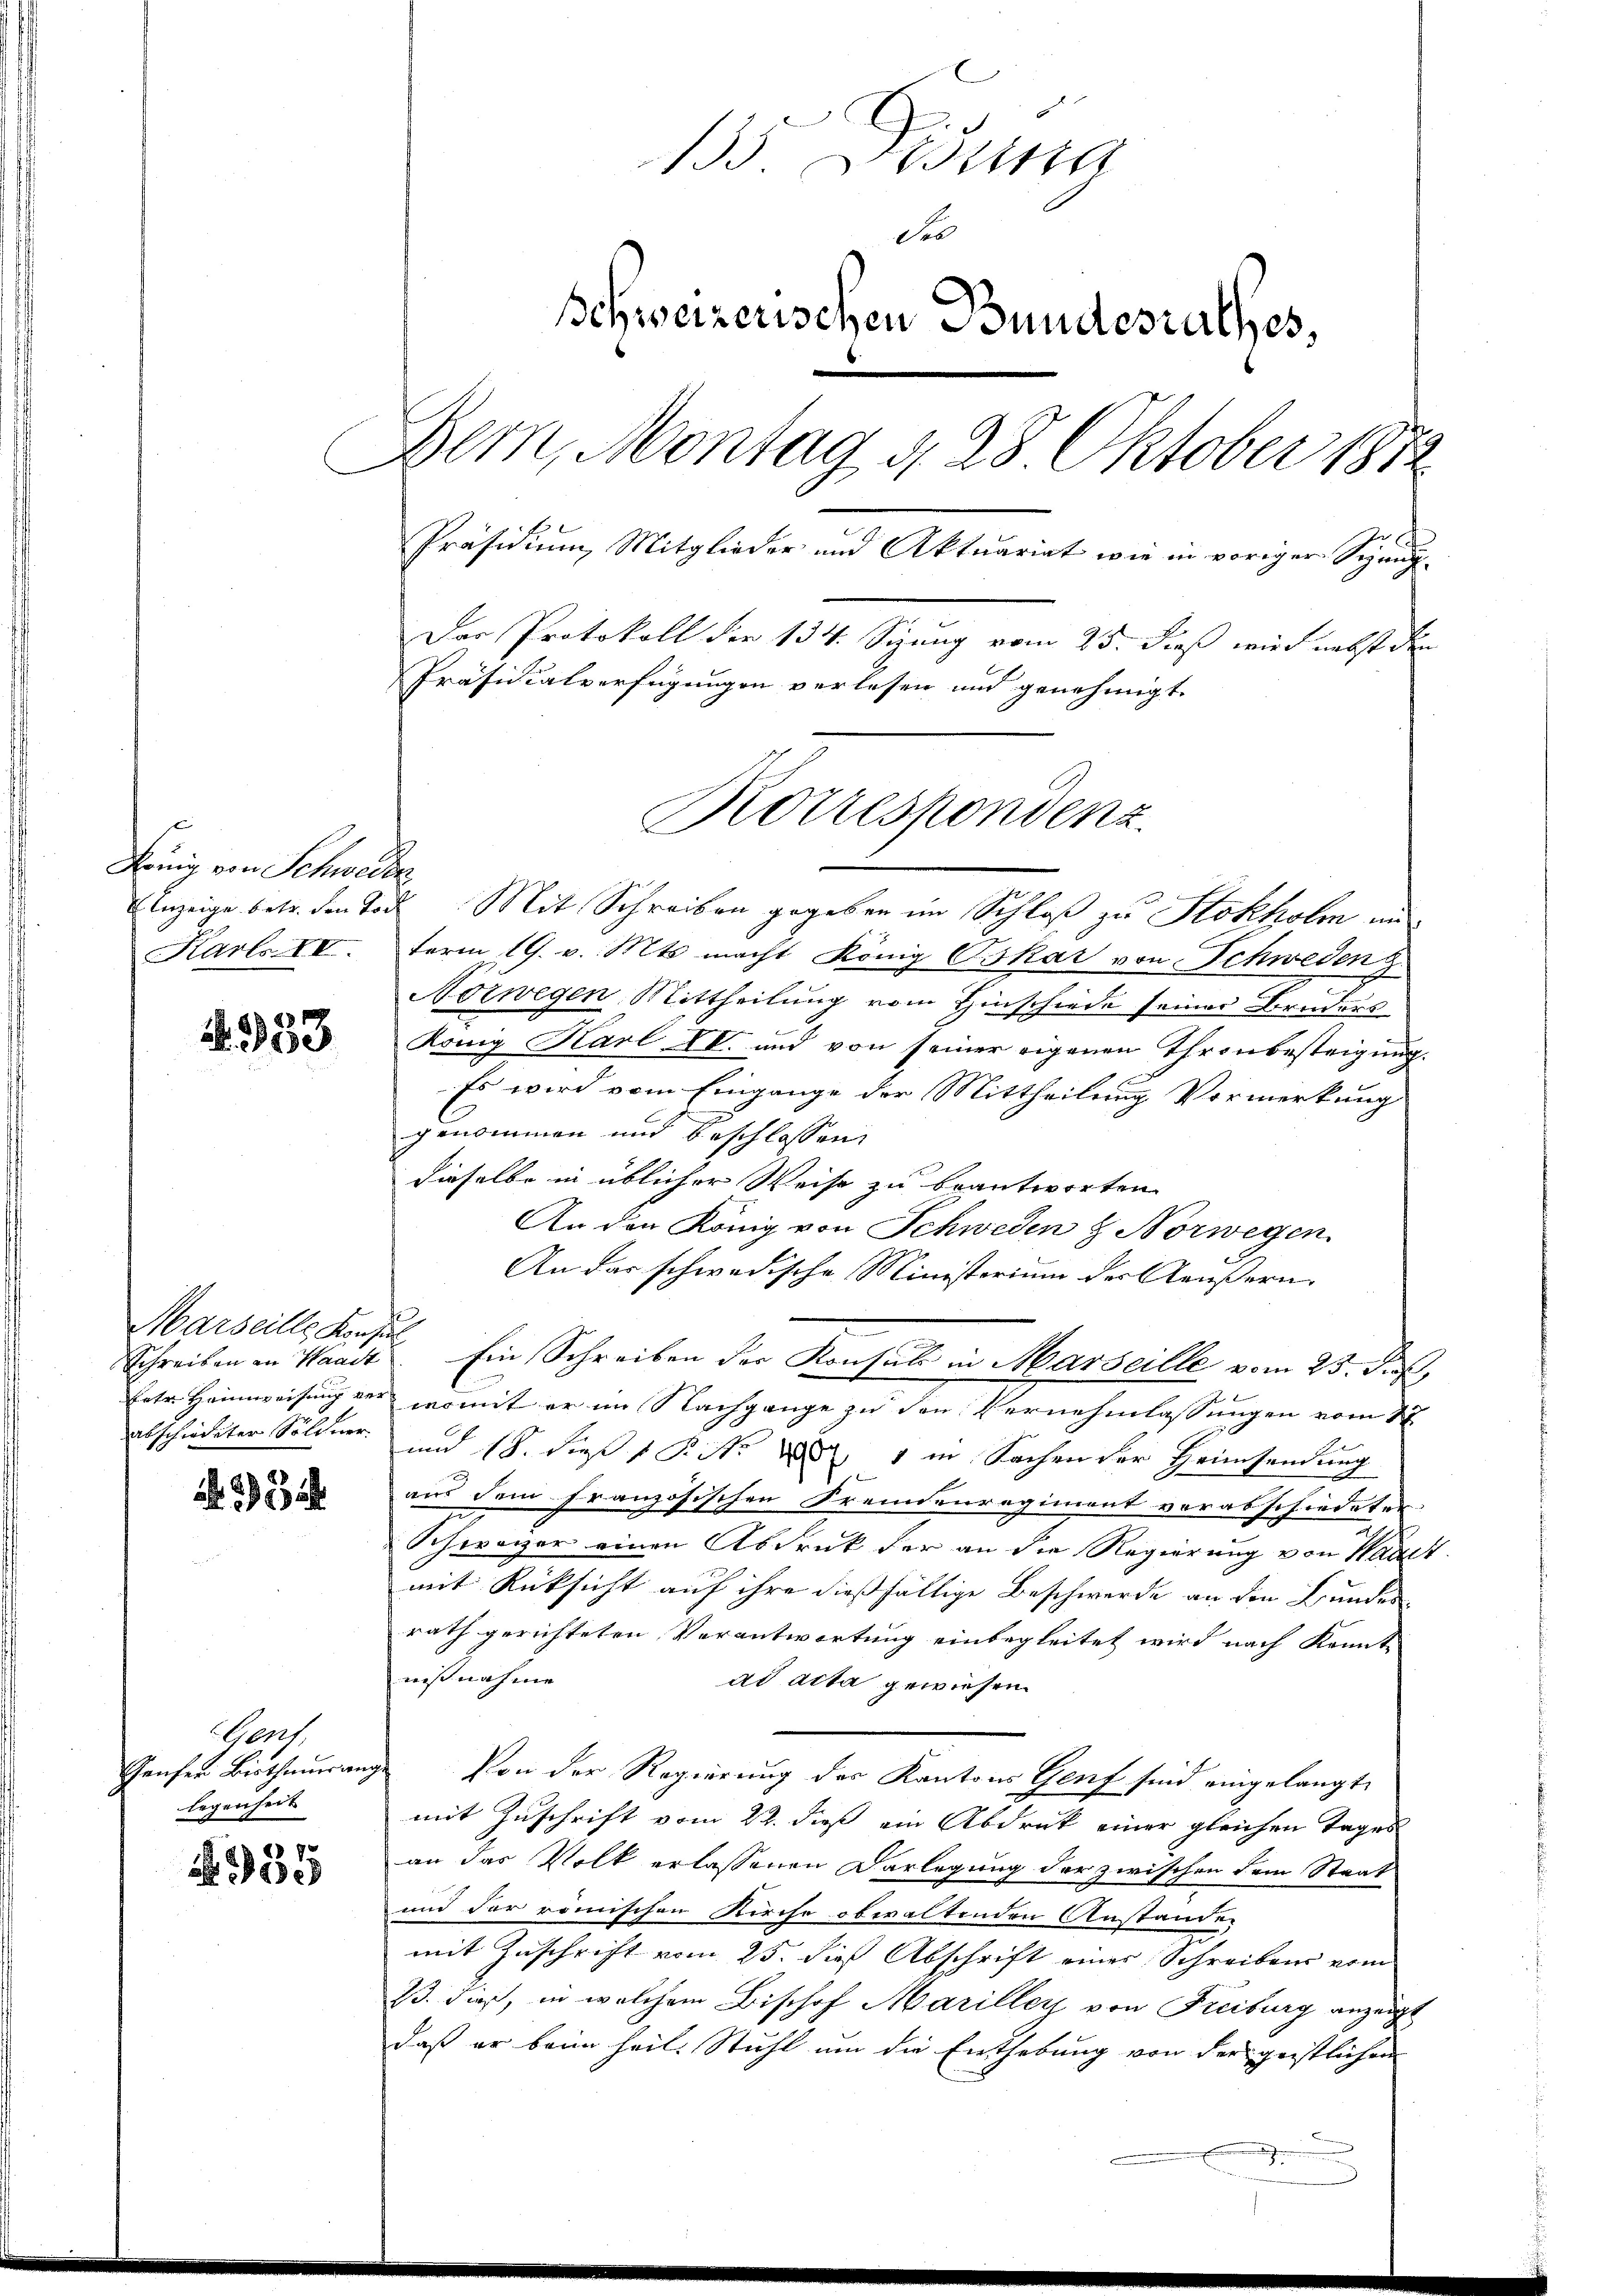
König von Schweder
Karlo III.

3958

Marseille Konsul
Schreiben an Waadt

23

Gert
Genfer Bisthaŭranz
legenheit

55

135 Didung
deo
schweizerischen Bundesrathes,
Bem, Montag d. 28 Oktober 1872
Präsidium Mitglieder und Aktuariat wie in voriger Spang-
Der Protokoll der 134. Sizung vom 25. dieß wird nebst den
Präsidialverfügungen verlesen und genehmigt.

Anzeige betr. den Tode Mit Schreiben gegeben im Schloß zu Stokholm unterm 19. v. Mts. macht König Oskar von Schweden
Norwegen Mittheilung vom Hinschiede seiner Brude
König Karl XI. und von seiner eigenen Thronbesteigung
Es wird vom Eingange der Mittheilung Vormerkung
genommen und beschlossen:
dieselbe in üblicher Weise zu beantworten
An den König von Schweden & Norwegen.
An das schwedische Ministerium der Aeußern.
Ein Schreiben der Konsuls in Marseille vom 25. d.
betr. Heimweisung der womit er im Nachgange zu den Vernehmlassungen vom 17.
abschiedeter Söldner und 18. dieß P. Nr. 1 in Sachen der Heimsendung
e
aus dem Französischen Fremdenregiment vorabschiedeten
Schwarzer einen Abdruck der an die Regierung von Waadt.
mit Rücksicht auf ihre dießfällige Beschwerde an den Bundes
rath gerichteten Verantwortung einbegleitet wird nach konnte
nißnahme
ad acta gewiesen.
 Von der Regierung des Kantons Genf sind eingelangt
mit Zuschrift vom 22. dieß ein Abdruck einer gleichen Tages
an das Volk erlassenen Darlegung der zwischen dem Staat
und der römischen Kirche obwaltenden Anstanden
mit Zuschrift vom 25. dies Abschrift einer Schreibens vom
23. dieß, in welchem Bischof Mariller von Freiburg anzeige
daß er beim heil. Stuhl um die Enthebung von der geistlichen

Korrespondenz.